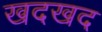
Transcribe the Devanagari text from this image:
खदखद